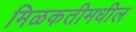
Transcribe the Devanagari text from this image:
मिळकतीमधील